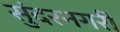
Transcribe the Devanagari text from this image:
सुंदरनगरी